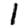
Digit: 1